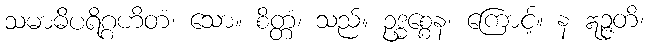
သမာဓိပရိဂ္ဂဟိတံ၊ သော။ စိတ္တံ၊ သည်။ ဥဒ္ဓစ္စေန၊ ကြောင့်။ န ဣဉ္ဇတိ၊